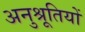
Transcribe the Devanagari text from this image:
अनुश्रूतियों